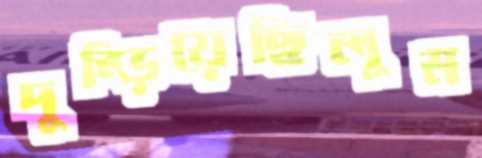
দুম্‌ড়িয়েছিলুম